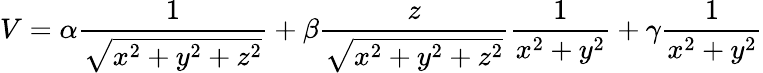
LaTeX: V=\alpha\frac{1}{\sqrt{x^{2}+y^{2}+z^{2}}}+\beta\frac{z}{\sqrt{x^{2}+y^{2}+z^{2}}}\frac{1}{x^{2}+y^{2}}+\gamma\frac{1}{x^{2}+y^{2}}